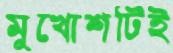
মুখোশটিই